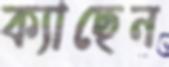
ক্যাছেন